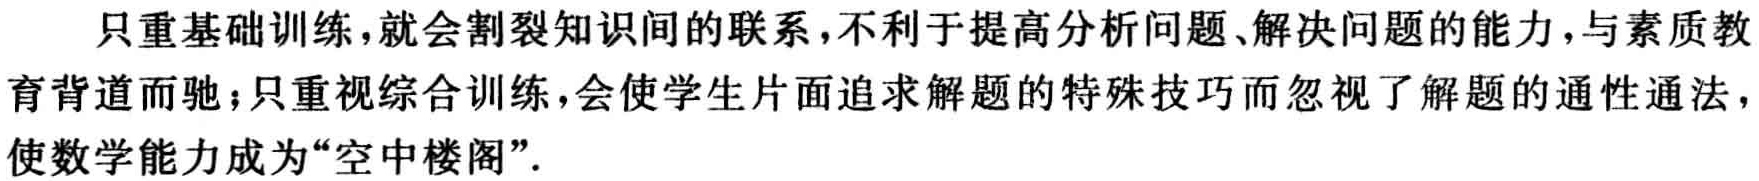
只重基础训练，就会割裂知识间的联系，不利于提高分析问题、解决问题的能力，与素质教育背道而驰；只重视综合训练，会使学生片面追求解题的特殊技巧而忽视了解题的通性通法，使数学能力成为“空中楼阁”.